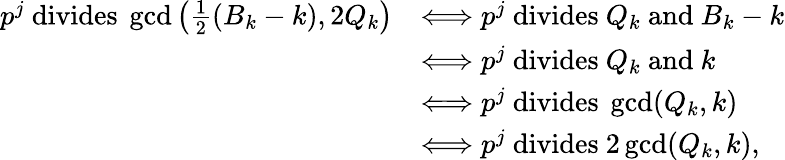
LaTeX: \begin{array}{rl}{p^{j}\mathrm{~divides~}\operatorname*{gcd}\left(\frac{1}{2}(B_{k}-k),2Q_{k}\right)}&{\Longleftrightarrow p^{j}\mathrm{~divides~}Q_{k}\mathrm{~and~}B_{k}-k}\\ &{\Longleftrightarrow p^{j}\mathrm{~divides~}Q_{k}\mathrm{~and~}k}\\ &{\Longleftrightarrow p^{j}\mathrm{~divides~}\operatorname*{gcd}(Q_{k},k)}\\ &{\Longleftrightarrow p^{j}\mathrm{~divides~}2\operatorname*{gcd}(Q_{k},k),}\end{array}